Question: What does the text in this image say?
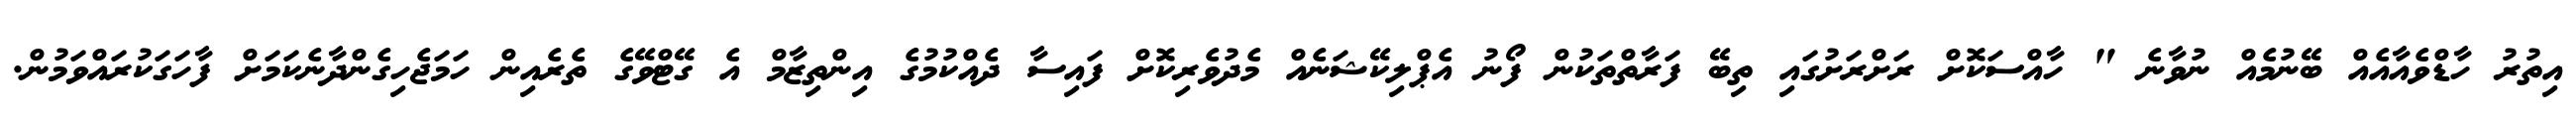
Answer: އިތުރު ހާޑްވެއާއެއް ބޭނުމެއް ނުވާނެ " ހާއްސަކޮށް ރަށްރަށުގައި ތިބޭ ފަރާތްތަކުން ފޯނު އެޕްލިކޭޝަނެއް މެދުވެރިކޮށް ފައިސާ ދެއްކުމުގެ އިންތިޒާމް އެ ގޭޓްވޭގެ ތެރެއިން ހަމަޖެހިގެންދާނެކަމަށް ފާހަގަކުރައްވަމުން.